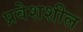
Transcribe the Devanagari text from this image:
प्रवेशशील